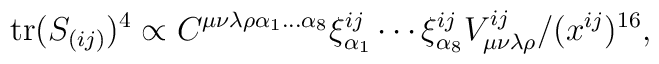
{\rm tr} (S_{(ij)}) ^4 \propto C^{\mu \nu \lambda \rho \alpha_1 ...\alpha_8}\xi^{ij}_{\alpha_1} \cdots \xi^{ij}_{\alpha_8}V^{ij}_{\mu \nu \lambda \rho}/(x^{ij})^{16},